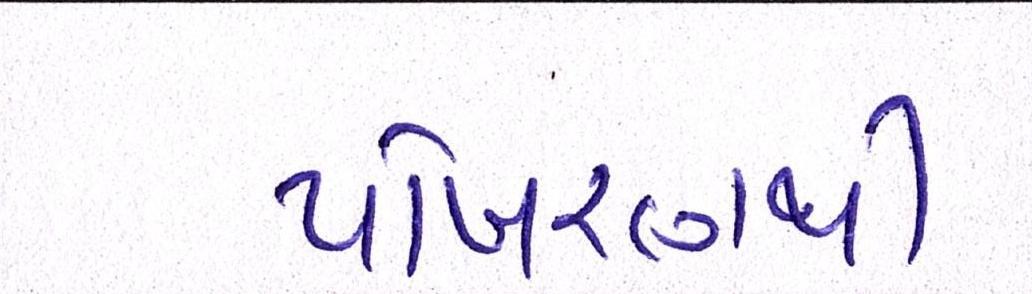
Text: પોખરણથી